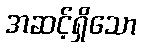
အဆင့်ရှိသော